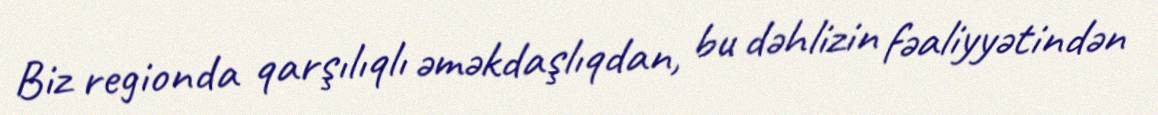
Biz regionda qarşılıqlı əməkdaşlıqdan, bu dəhlizin fəaliyyətindən